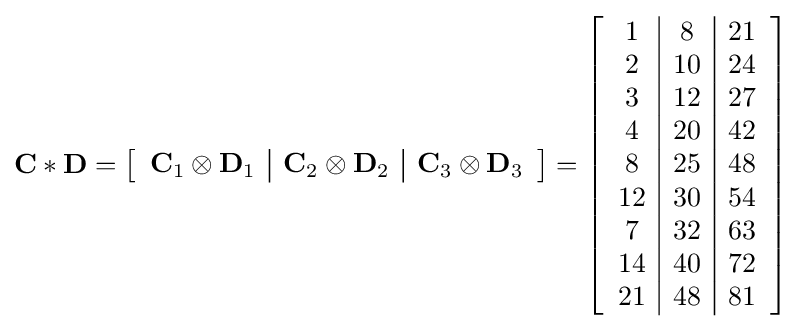
\mathbf {C} \ast \mathbf {D} =\left[{\begin{array}{c | c | c }\mathbf {C} _{1}\otimes \mathbf {D} _{1}&\mathbf {C} _{2}\otimes \mathbf {D} _{2}&\mathbf {C} _{3}\otimes \mathbf {D} _{3}\end{array}}\right]=\left[{\begin{array}{c | c | c }1&8&21\\2&10&24\\3&12&27\\4&20&42\\8&25&48\\12&30&54\\7&32&63\\14&40&72\\21&48&81\end{array}}\right]